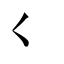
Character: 𡿨